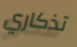
تذكاري